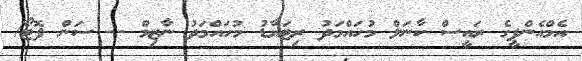
އެމްއެންޕީގެ ރައީސް ކާނަލް މުހައްމަދު ރިޓަޔާޑު މުހައްމަދު ނާޒިމް -- ސަން ފޮޓޯ/